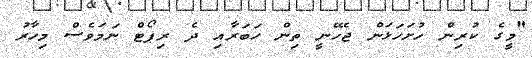
"މީގެ ކުރިން ހުށަހަޅަން ޖެހޭނީ ތިން ހަބަރާއި ދެ ރިޕޯޓް ނަމަވެސް މިހާރު